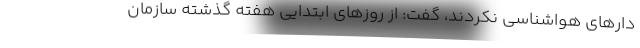
دارهای هواشناسی نکردند، گفت: از روزهای ابتدایی هفته گذشته سازمان